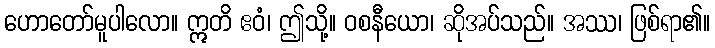
ဟောတော်မူပါလော။ ဣတိ ဧဝံ၊ ဤသို့။ ဝစနီယော၊ ဆိုအပ်သည်။ အဿ၊ ဖြစ်ရာ၏။